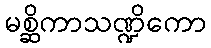
မစ္ဆိကာသဏ္ဍိကော